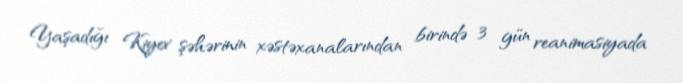
Yaşadığı Kiyev şəhərinin xəstəxanalarından birində 3 gün reanimasiyada